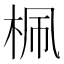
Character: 𣑲